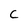
Character: c